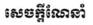
សេចក្តីណែនាំ